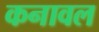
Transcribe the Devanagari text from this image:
कनावल